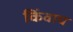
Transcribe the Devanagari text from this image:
किंवाच